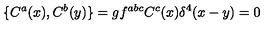
\{ C ^ { a } ( x ) , C ^ { b } ( y ) \} = g f ^ { a b c } C ^ { c } ( x ) \delta ^ { 4 } ( x - y ) = 0